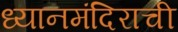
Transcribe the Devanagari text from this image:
ध्यानमंदिराची